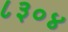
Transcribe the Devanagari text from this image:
८३०४